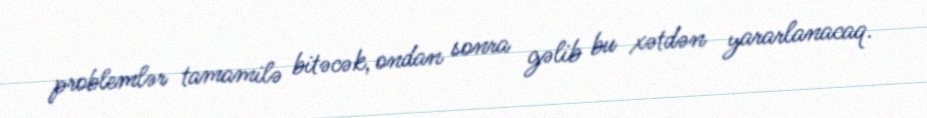
problemlər tamamilə bitəcək, ondan sonra gəlib bu xətdən yararlanacaq.